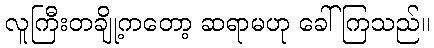
လူကြီးတချို့ကတော့ ဆရာမဟု ခေါ်ကြသည်။